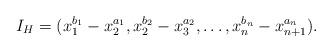
LaTeX: \begin{align*}I_H=(x_1^{b_1}-x_2^{a_1}, x_2^{b_2}-x_3^{a_2}, \dots, x_n^{b_n}-x_{n+1}^{a_n}).\end{align*}